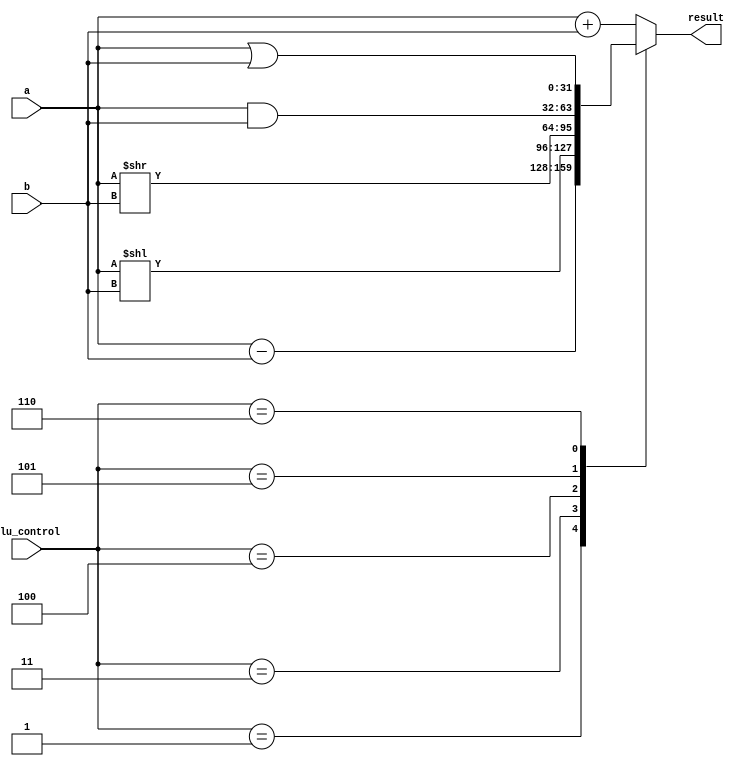
module ALU(
  input [31:0] a,
  input [31:0] b,
  input [2:0] alu_control,
  
  output [31:0] result);


always @(*)
begin 
  case(alu_control)
    3'b000: result = a + b;
    3'b001: result = a - b;
    3'b011: result = a << b;
    3'b100: result = a >> b;
    3'b101: result = a & b;
    3'b110: result = a | b;
    default: result = a + b;
  endcase
end
 
endmodule